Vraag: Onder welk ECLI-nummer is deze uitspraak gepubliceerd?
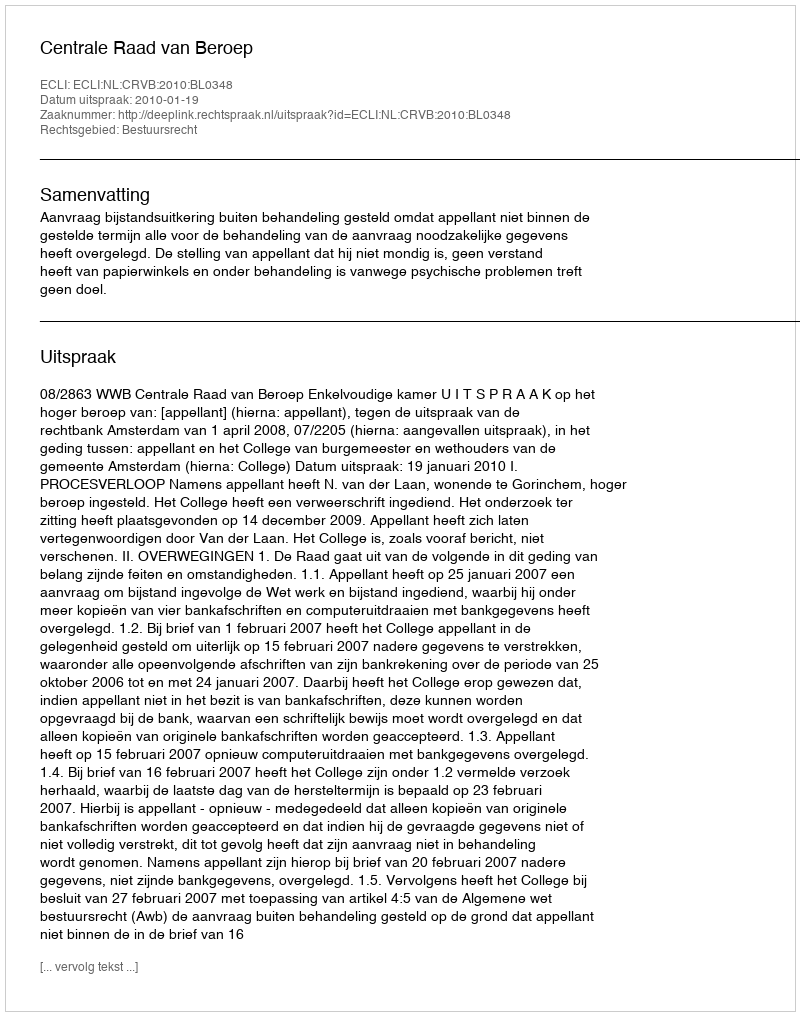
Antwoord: ECLI:NL:CRVB:2010:BL0348